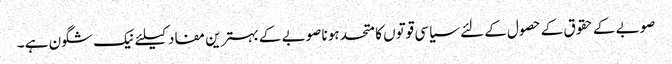
صوبے کے حقوق کے حصول کے لئے سیاسی قوتوں کا متحد ہونا صوبے کے بہترین مفاد کیلئے نیک شگون ہے ۔